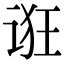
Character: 诳